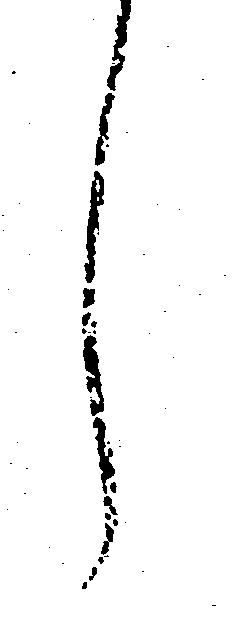
し